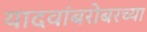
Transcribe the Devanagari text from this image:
यादवांबरोबरच्या